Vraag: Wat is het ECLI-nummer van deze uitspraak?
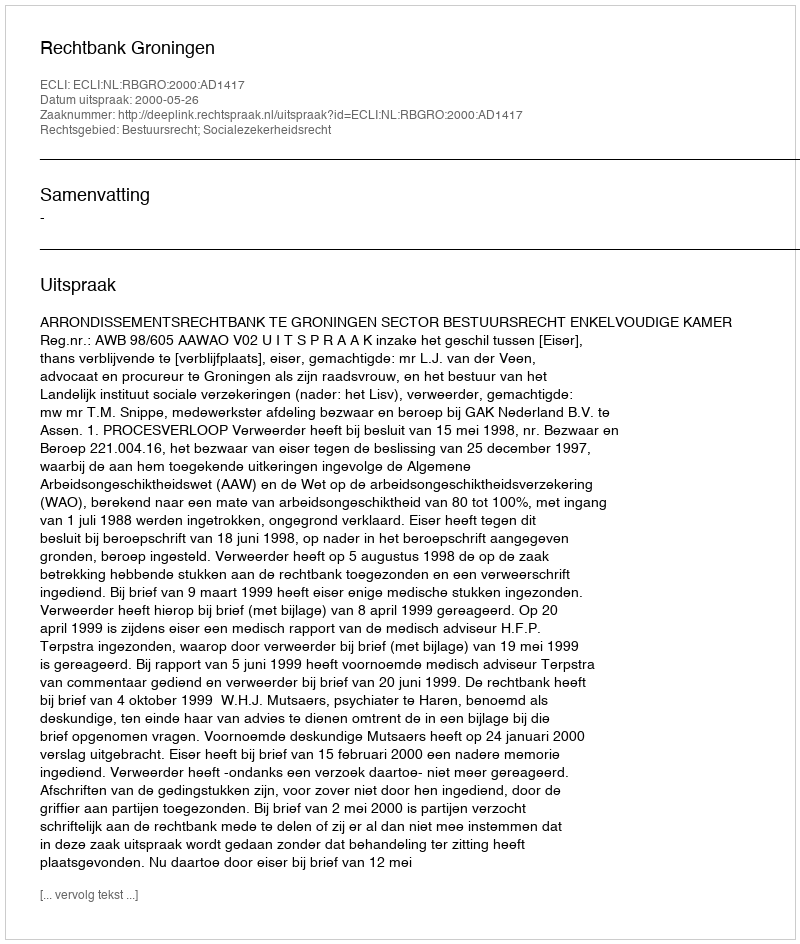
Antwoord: ECLI:NL:RBGRO:2000:AD1417